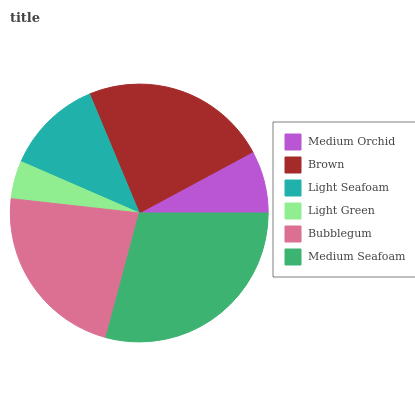
| Medium Orchid | Brown | Light Seafoam | Light Green | Bubblegum | Medium Seafoam |
 | --- | --- | --- | --- | --- | --- |
 | 7.87% | 23.4% | 12.2% | 4.76% | 22.6% | 29.1% |